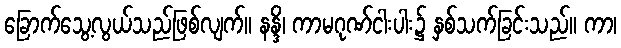
ခြောက်သွေ့လွယ်သည်ဖြစ်လျက်။ နန္ဒိ၊ ကာမဂုဏ်ငါးပါး၌ နှစ်သက်ခြင်းသည်။ ကာ၊